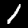
Label: 1